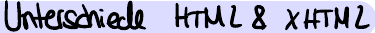
Unterschiede HTML & XHTML